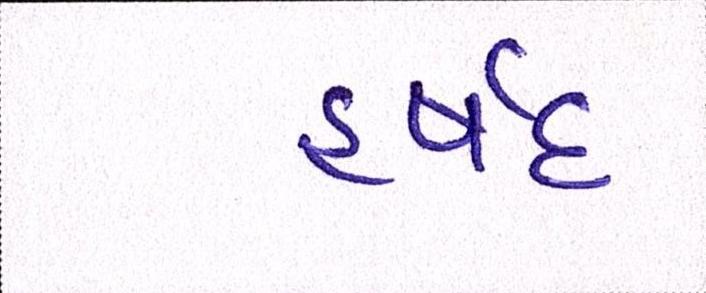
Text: હર્ષદ